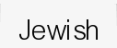
Jewish